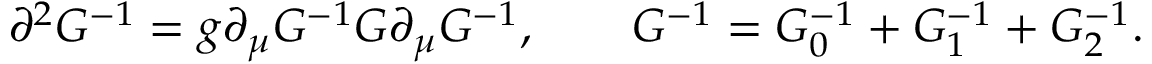
\partial ^ { 2 } G ^ { - 1 } = g \partial _ { \mu } G ^ { - 1 } G \partial _ { \mu } G ^ { - 1 } , \quad \mathrm { } \quad G ^ { - 1 } = G _ { 0 } ^ { - 1 } + G _ { 1 } ^ { - 1 } + G _ { 2 } ^ { - 1 } .